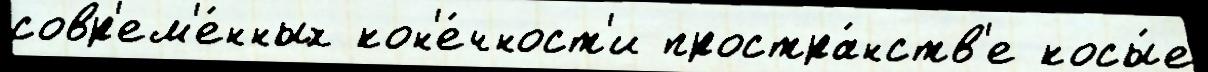
совр'ем'е́нных кон'е́чност'и простра́нств'е косы́е